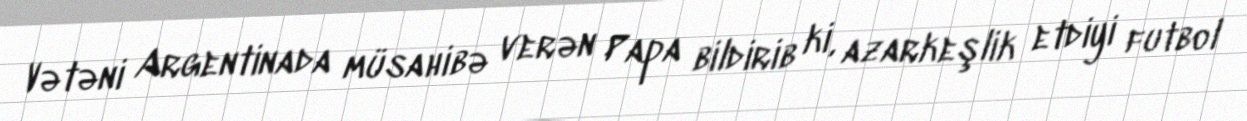
Vətəni Argentinada müsahibə verən Papa bildirib ki, azarkeşlik etdiyi futbol